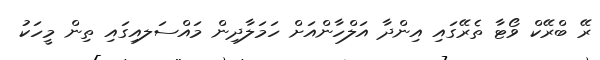
ރޭ ބްރޭކް ވޯޓާ ތެރޭގައި އިންދާ އަލްހާންއަށް ހަމަލާދިން މައްސަލއިގައި ތިން މީހަކު